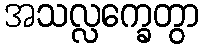
အသလ္လက္ခေတွာ